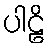
ပါဠိ